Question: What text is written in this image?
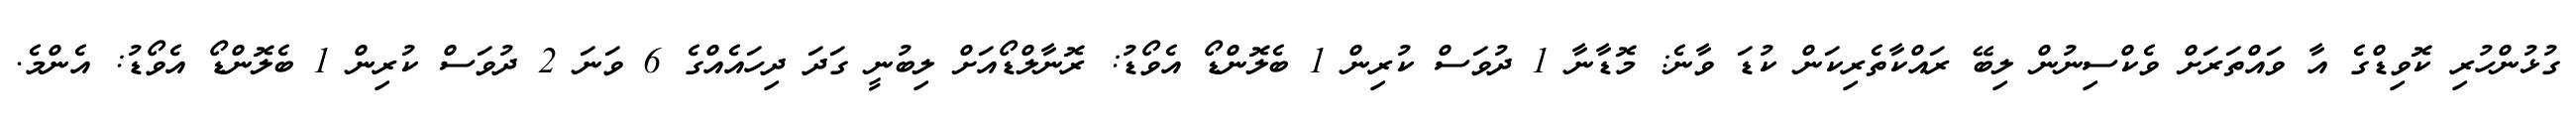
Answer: ގުޅުންހުރި ކޮވިޑްގެ އާ ވައްތަރަށް ވެކްސިނުން ލިބޭ ރައްކާތެރިކަން ކުޑަ ވާނެ: މޮޑާނާ 1 ދުވަސް ކުރިން 1 ބެލޮންޑޯ އެވޯޑު: ރޮނާލްޑޯއަށް ލިބުނީ ގަދަ ދިހައެއްގެ 6 ވަނަ 2 ދުވަސް ކުރިން 1 ބެލޮންޑޯ އެވޯޑު: އެންމެ.